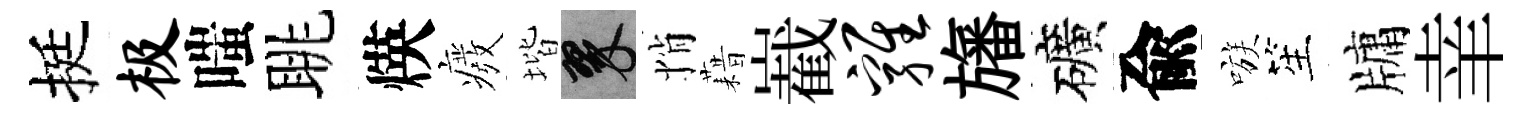
挺极嗤眺煐癈堦翠悄藉嶻鸡旛礦兪嗾笙牗𦍒